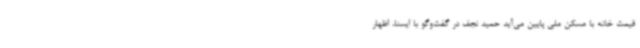
قیمت خانه با مسکن ملی پایین می‌آید حمید نجف در گفت‌وگو با ایسنا، اظهار